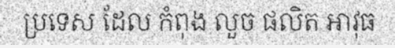
ប្រទេស ដែល កំពុង លួច ផលិត អាវុធ